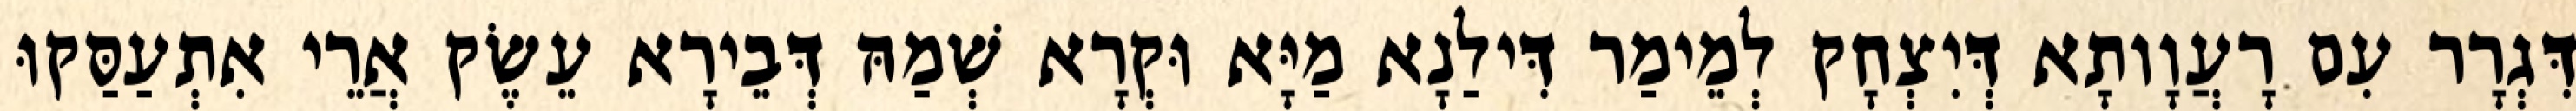
דִּגְרָר עִם רָעֲוָותָא דְּיִצְחָק לְמֵימַר דִּילַנָא מַיָּא וּקְרָא שְׁמַהּ דְּבֵירָא עֵשֶׂק אֲרֵי אִתְעַסַּקוּ